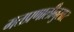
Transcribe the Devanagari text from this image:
मतप्रणालीनुसार